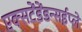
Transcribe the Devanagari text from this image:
एक्सटेंडेंडन्सईप्ले